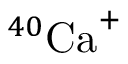
^ { 4 0 } \mathrm { { C a } ^ { + } }